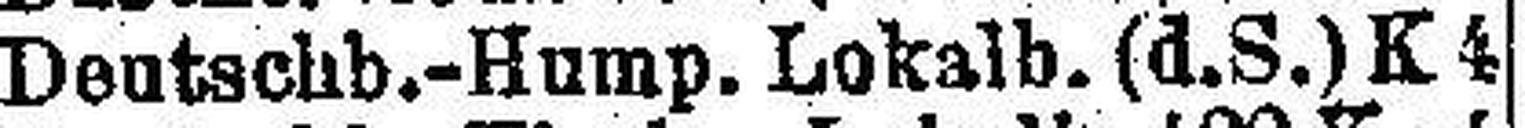
Deutschb.-Hump. Lokalb. (d.S.) K 4